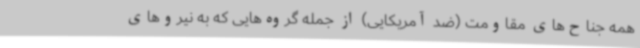
همه جناح‌های مقاومت (ضد آمریکایی) از جمله گروه‌هایی که به نیروهای